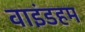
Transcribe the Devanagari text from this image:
वाइंडहम